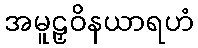
အမူဠှဝိနယာရဟံ